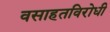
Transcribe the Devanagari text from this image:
वसाहतविरोधी